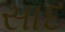
સાદ